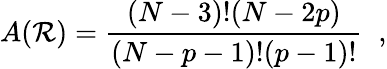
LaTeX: A(\mathcal{R})=\frac{{(N-3)!(N-2p)}}{{(N-p-1)!(p-1)!}}\; \; ,